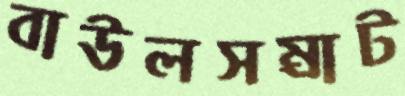
বাউলসম্রাট